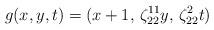
LaTeX: \begin{align*}g(x,y, t)=(x+1,\, \zeta_{22}^{11}y,\, \zeta_{22}^2t) \end{align*}